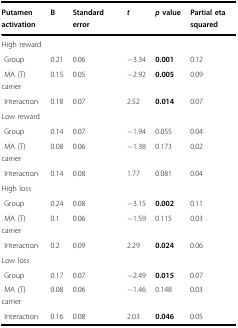
<table><thead><tr><td><b>Putamen activation</b></td><td><b>B</b></td><td><b>Standard error</b></td><td><b><i>t</i></b></td><td><b><i>p</i> value</b></td><td><b>Partial eta squared</b></td></tr></thead><tbody><tr><td colspan="6">High reward</td></tr><tr><td> Group</td><td>0.21</td><td>0.06</td><td>−3.34</td><td><b>0.001</b></td><td>0.12</td></tr><tr><td> MA (T) carrier</td><td>0.15</td><td>0.05</td><td>−2.92</td><td><b>0.005</b></td><td>0.09</td></tr><tr><td> Interaction</td><td>0.18</td><td>0.07</td><td>2.52</td><td><b>0.014</b></td><td>0.07</td></tr><tr><td colspan="6">Low reward</td></tr><tr><td> Group</td><td>0.14</td><td>0.07</td><td>−1.94</td><td>0.055</td><td>0.04</td></tr><tr><td> MA (T) carrier</td><td>0.08</td><td>0.06</td><td>−1.38</td><td>0.173</td><td>0.02</td></tr><tr><td> Interaction</td><td>0.14</td><td>0.08</td><td>1.77</td><td>0.081</td><td>0.04</td></tr><tr><td colspan="6">High loss</td></tr><tr><td> Group</td><td>0.24</td><td>0.08</td><td>−3.15</td><td><b>0.002</b></td><td>0.11</td></tr><tr><td> MA (T) carrier</td><td>0.1</td><td>0.06</td><td>−1.59</td><td>0.115</td><td>0.03</td></tr><tr><td> Interaction</td><td>0.2</td><td>0.09</td><td>2.29</td><td><b>0.024</b></td><td>0.06</td></tr><tr><td colspan="6">Low loss</td></tr><tr><td> Group</td><td>0.17</td><td>0.07</td><td>−2.49</td><td><b>0.015</b></td><td>0.07</td></tr><tr><td> MA (T) carrier</td><td>0.08</td><td>0.06</td><td>−1.46</td><td>0.148</td><td>0.03</td></tr><tr><td> Interaction</td><td>0.16</td><td>0.08</td><td>2.03</td><td><b>0.046</b></td><td>0.05</td></tr></tbody></table>